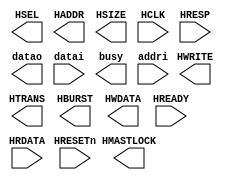
module AHB_MASTER
(
    output HSEL,
    // Address and control
    output [35:0] HADDR,
    output HWRITE,
    output [1:0] HTRANS,
    output [2:0] HSIZE,
    output [2:0] HBURST,
    // Data in
    output [63:0] HWDATA,
    // Reset and clock
    input HRESETn,
    input HCLK,
    output HMASTLOCK,
    // --------------
    // Output pins //
    // --------------
    // Transfer responses
    input HREADY,
    input HRESP,
    // Data out
    input [63:0] HRDATA,

    //master side
    output [63:0]datao,
    input  [63:0]datai,
    output busy,
    input [35:0]addri,
    
    
);


parameter nseq = 2'b10;
parameter idle = 2'b00;
parameter seq  = 2'b11;


//ahb burst
parameter Single=3'b000;
parameter INCR  =3'b001;
//主状态机
parameter stb  = 4'b0000;
parameter wr0  = 4'b0010;
parameter wr1  = 4'b0011;
parameter rd0  = 4'b0100;
parameter rd1  = 4'b0101;
parameter rd_b0= 4'b1001;		//read burst 批量读入，阶段0，使用一个nseq开启seq传输
parameter rd_b1= 4'b1010;		//read burst 阶段1，使用seq连续传输，直到最后一个地址
parameter rd_b2= 4'b1011;		//read burst 阶段2，末尾最后一个数据传输

parameter acc_fault=4'b11111;	//访问失败

reg [3:0]statu;					//状态机

reg [7:0]addr_counter;				//偏移地址计数器
reg [63:0]haddr_temp;
wire [7:0]last_addr;				//cache地址寄存器，在写入模式下需要利用该寄存器延迟一拍


//主状态机萝莉
always@(posedge clk)begin
	if(rst)begin
		statu <= stb;
	end
	else begin
		case(statu)
			//当请求占用总线时，bus unit等待
			stb:				if(!bus_ack)begin
									statu	<=	statu;
								end
								else if(read_line_req)begin
									statu	<=	rd_b0;
								end
								else if(read_req)begin
									statu	<=	rd0;
								end
								else if(write_through_req)begin
									statu	<=	wr0;
								end
				
			//连续读read burst
			rd_b0:	statu <= rd_b1;
			//单次写，打出TRANS和HBURST
			wr0:	statu <= wr1;
			//单次读
			rd0:	statu <= rd1;

			//当传输到最后一个数据时候，停止传输，并等待传输完成
			rd_b1:	statu <= hresp?acc_fault:((addr_counter==8'b111111111)&hready)?rd_b2:statu;		//特别注意，同步内存写入不需要延迟一个clk，但是读出需要延迟一个clk
			wr1:	statu <= hresp?acc_fault:hready?stb:statu;
			rd1:	statu <= hresp?acc_fault:hready?stb:statu;
	
	//状态机第三层
			rd_b2:	statu <= hresp?acc_fault:hready?stb:statu;
	
	//状态机第四层
		acc_fault:	statu <= stb;
			default: statu<= stb;
		endcase
	end	
end

//addr_counter
//addr_counter在计到顶之后停止计数,并等待状态回到stb进行清零
always@(posedge clk)begin
	if(rst|(statu==stb))begin
		addr_counter <= 8'b0;
	end
	
	else if(addr_counter==8'b111111111)begin
		addr_counter <= addr_counter;
	end
	else if((statu==rd_b0)|(statu==rd_b1))begin
		addr_counter <= hready?(addr_counter + 8'b1):addr_counter;
	end
end	
assign last_addr 	= addr_counter - 8'b1;
//从cache写入到内存里的时候，因为同步储存器读取需要一个clk的延迟，故在sync且准备好时候始终保持cache_counter和addr_counter一致
//由于AHB总线总是在第二个周期给出应答信号，此时addr counter已经自动+1，故切换到上一个地址
//
assign line_write = ((statu==rd_b1)|(statu==rd_b2))?hready:1'b0;
assign addr_count	= (statu==rd_b2) ? {addr_counter,3'b0} : {last_addr,3'b0};

//AHB总线
//AHB输出寄存器
always@(posedge clk)begin
	if(rst)begin
		hwdata		<=	64'b0;
		haddr_temp	<=	64'b0;
	end
	else if(statu==stb)begin
		hwdata		<=	wt_data;
		haddr_temp	<=	pa;
	end
end

assign haddr	=	read_line_req ? {haddr_temp[63:11],addr_counter,3'b0} : haddr_temp;
assign hwrite	= (statu==wr0);

assign hsize[0]	= size[1] | size[3];
assign hsize[1]	= size[2] | size[3];
assign hsize[2] = 1'b0;

assign hburst= ((statu==wr0)|(statu==rd0))?Single:((statu==rd_b0)|(statu==rd_b1))?INCR:Single;
assign hprot = 4'b0011;
assign htrans= ((statu==wr0)|(statu==rd0)|(statu==rd_b0))?nseq:((statu==rd_b1))?seq:idle;	//Burst传输第一个是NSEQ
assign hmastlock= 1'b0;

endmodule